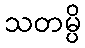
သတမ္ပိ